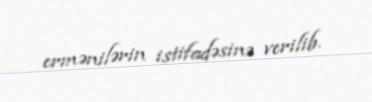
ermənilərin istifadəsinə verilib.